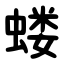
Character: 蝼